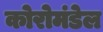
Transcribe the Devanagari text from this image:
कोरोमंडेल